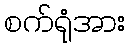
စက်ရုံအား